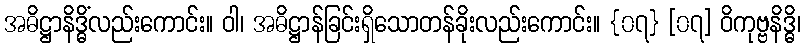
အဓိဋ္ဌာနိဒ္ဓိံလည်းကောင်း။ ဝါ၊ အဓိဋ္ဌာန်ခြင်းရှိသောတန်ခိုးလည်းကောင်း။ {၀၇} [၀၇] ဝိကုဗ္ဗနိဒ္ဓိ၊